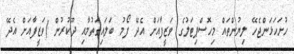
ހުށަހަޅަންޖެހޭ ލިޔުންތައްް މިހޮސްޕިޓަލުގެ ވަޒީފާއަށް އެދޭ ފޯމު ބަލައިގަތުމާއި ދޫކުރުން (ވަޒީފާއަށް އެދޭ